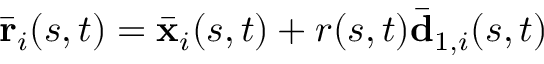
\bar { \mathbf { r } } _ { i } ( s , t ) = \bar { \mathbf { x } } _ { i } ( s , t ) + r ( s , t ) \bar { \mathbf { d } } _ { 1 , i } ( s , t )